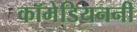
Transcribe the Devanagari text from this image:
कॉमेडियननी